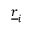
\underline { { r } } _ { i }